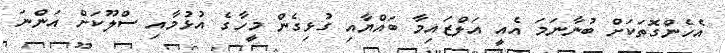
އެހެންގޮތަކަށް ބުނާނަމަ އެއީ އަލްޒައިމާ ބައްޔާއި ގުޅިގެން މީހާގެ އުޅުމާއި ސްލޫކަށް އަންނަ